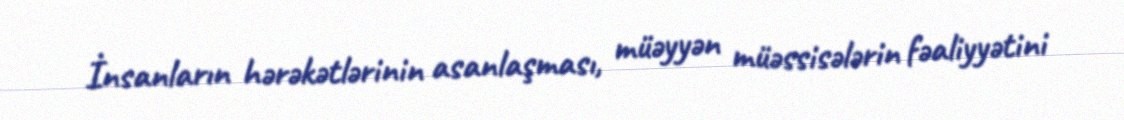
İnsanların hərəkətlərinin asanlaşması, müəyyən müəssisələrin fəaliyyətini